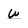
Character: w